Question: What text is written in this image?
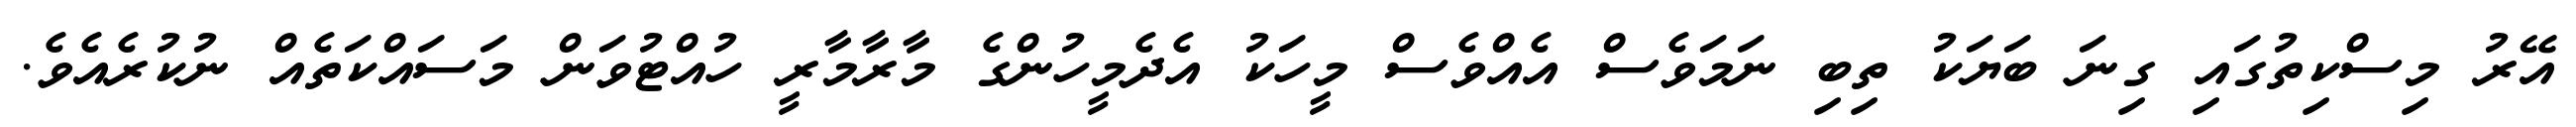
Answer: އޭރު މިސްކިތުގައި ގިނަ ބަޔަކު ތިބި ނަމަވެސް އެއްވެސް މީހަކު އެދެމީހުންގެ މާރާމާރީ ހުއްޓުވަން މަސައްކަތެއް ނުކުރެއެވެ.